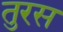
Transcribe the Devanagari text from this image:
तुरस